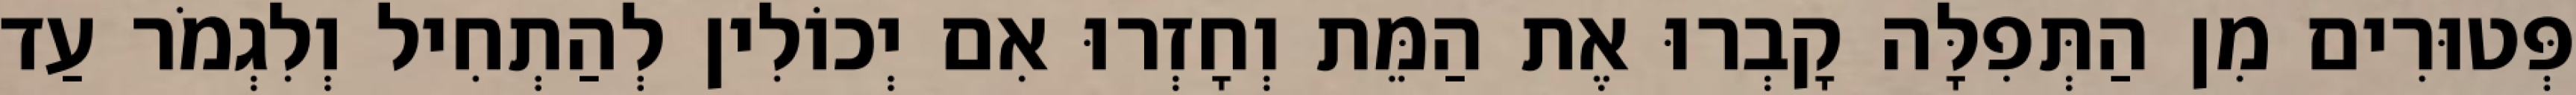
פְּטוּרִים מִן הַתְּפִלָּה קָבְרוּ אֶת הַמֵּת וְחָזְרוּ אִם יְכוֹלִין לְהַתְחִיל וְלִגְמֹר עַד